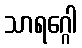
သာရဂ္ဂေါ